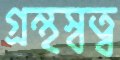
গ্রন্থস্বত্ব